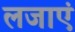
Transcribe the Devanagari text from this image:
लजाएं